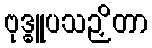
ဗုဒ္ဓူပသဉှိတာ